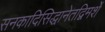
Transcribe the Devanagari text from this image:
सनकादिसिद्धानेतद्विमर्शे